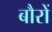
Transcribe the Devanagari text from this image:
बौरों